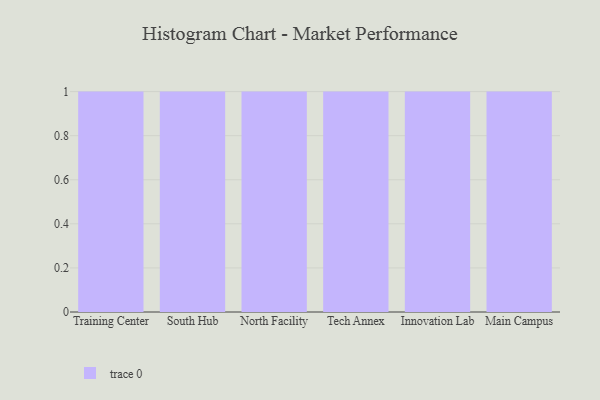
{"axis": {"x": "Campus", "y": "Website Visitors"}, "legend": [""], "data": [{"x": "Training Center", "y": 69, "type": ""}, {"x": "South Hub", "y": 45, "type": ""}, {"x": "North Facility", "y": 67, "type": ""}, {"x": "Tech Annex", "y": 44, "type": ""}, {"x": "Innovation Lab", "y": 30, "type": ""}, {"x": "Main Campus", "y": 17, "type": ""}]}